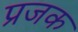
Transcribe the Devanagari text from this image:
प्रजक